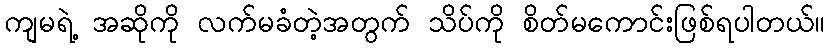
ကျမရဲ့ အဆိုကို လက်မခံတဲ့အတွက် သိပ်ကို စိတ်မကောင်းဖြစ်ရပါတယ်။